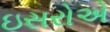
ઇસરોએ